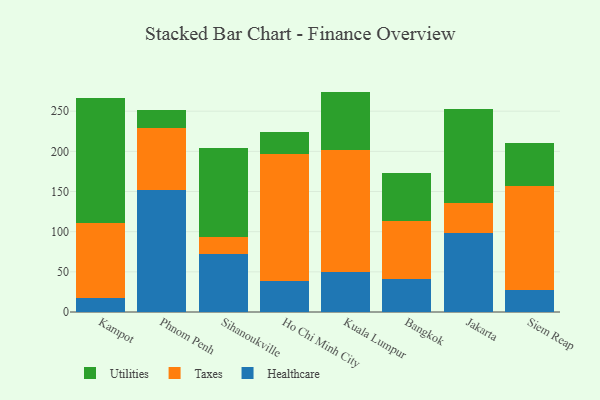
{"axis": {"x": "City", "y": "Latency (ms)"}, "legend": ["Healthcare", "Taxes", "Utilities"], "data": [{"x": "Kampot", "y": 17.2, "type": "Healthcare"}, {"x": "Kampot", "y": 93.0, "type": "Taxes"}, {"x": "Kampot", "y": 156.6, "type": "Utilities"}, {"x": "Phnom Penh", "y": 152.5, "type": "Healthcare"}, {"x": "Phnom Penh", "y": 76.6, "type": "Taxes"}, {"x": "Phnom Penh", "y": 22.1, "type": "Utilities"}, {"x": "Sihanoukville", "y": 71.6, "type": "Healthcare"}, {"x": "Sihanoukville", "y": 21.4, "type": "Taxes"}, {"x": "Sihanoukville", "y": 110.7, "type": "Utilities"}, {"x": "Ho Chi Minh City", "y": 38.5, "type": "Healthcare"}, {"x": "Ho Chi Minh City", "y": 158.2, "type": "Taxes"}, {"x": "Ho Chi Minh City", "y": 28.0, "type": "Utilities"}, {"x": "Kuala Lumpur", "y": 49.2, "type": "Healthcare"}, {"x": "Kuala Lumpur", "y": 152.1, "type": "Taxes"}, {"x": "Kuala Lumpur", "y": 73.1, "type": "Utilities"}, {"x": "Bangkok", "y": 41.3, "type": "Healthcare"}, {"x": "Bangkok", "y": 71.9, "type": "Taxes"}, {"x": "Bangkok", "y": 59.3, "type": "Utilities"}, {"x": "Jakarta", "y": 98.1, "type": "Healthcare"}, {"x": "Jakarta", "y": 37.6, "type": "Taxes"}, {"x": "Jakarta", "y": 117.5, "type": "Utilities"}, {"x": "Siem Reap", "y": 28.0, "type": "Healthcare"}, {"x": "Siem Reap", "y": 129.0, "type": "Taxes"}, {"x": "Siem Reap", "y": 53.8, "type": "Utilities"}]}